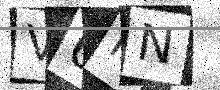
Text: V6MN